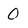
Character: 0